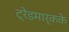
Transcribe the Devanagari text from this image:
ट्रेडमार्कके